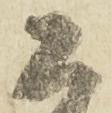
公